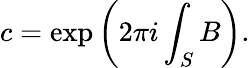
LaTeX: c=\exp\left(2\pi i\int_{S}B\right).